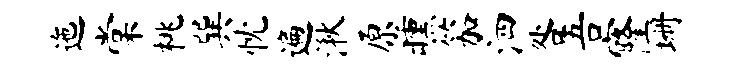
迤棠桃巽忱遍湫原曛笳泗咎吾窿珊